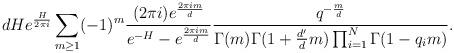
LaTeX: \begin{align*}dHe^{\frac{H}{2\pi i}}\sum_{m\geq 1}(-1)^m\frac{(2\pi i)e^{\frac{2\pi im}{d}}}{e^{-H}-e^{\frac{2\pi im}{d}}}\frac{q^{-\frac m d}}{\Gamma(m)\Gamma(1+\frac{d^\prime}{d}m )\prod_{i=1}^N\Gamma(1-q_im)}.\end{align*}